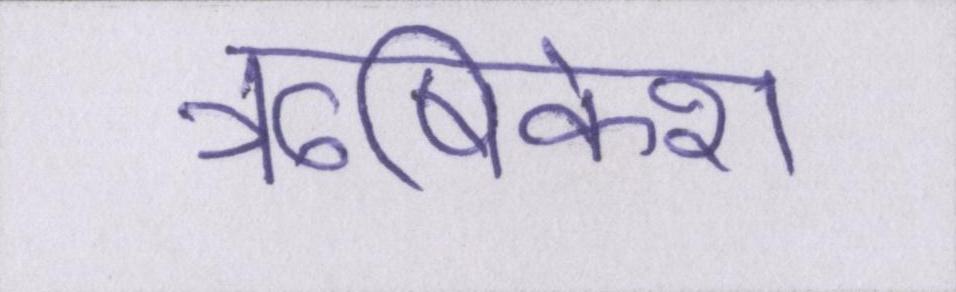
ॠषिकेश